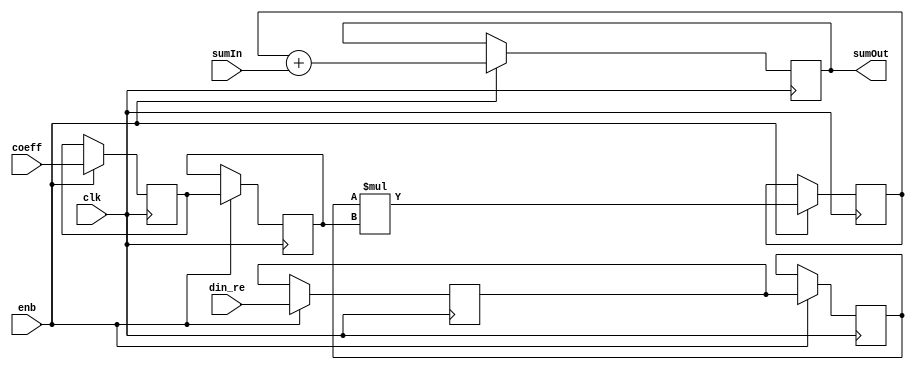
// -------------------------------------------------------------
// 
// 
// Generated by MATLAB 9.13 and HDL Coder 4.0
// 
// -------------------------------------------------------------


// -------------------------------------------------------------
// 
// Module: FilterTapSystolic
// Source Path: DUCforLTEHDL/HDL_DUC/CIC Compensation Interpolator/DUCforLTEHDL/HDL_DUC/CIC Compensation Interpolator/FIRFilter1/FilterTapSystolic
// Hierarchy Level: 3
// 
// -------------------------------------------------------------

`timescale 1 ns / 1 ns

module FilterTapSystolic
          (clk,
           enb,
           din_re,
           coeff,
           sumIn,
           sumOut);


  input   clk;
  input   enb;
  input   signed [17:0] din_re;  // sfix18_En14
  input   signed [17:0] coeff;  // sfix18_En16
  input   signed [35:0] sumIn;  // sfix36_En30
  output  signed [35:0] sumOut;  // sfix36_En30


  reg signed [17:0] fTap_din_reg1;  // sfix18
  reg signed [17:0] fTap_coef_reg1;  // sfix18
  reg signed [17:0] fTap_din_reg2;  // sfix18
  reg signed [17:0] fTap_coef_reg2;  // sfix18
  reg signed [35:0] fTap_mult_reg;  // sfix36
  reg signed [35:0] sumOut_1;  // sfix36_En30

  initial begin
    fTap_din_reg1 = 18'sb000000000000000000;
    fTap_coef_reg1 = 18'sb000000000000000000;
    fTap_din_reg2 = 18'sb000000000000000000;
    fTap_coef_reg2 = 18'sb000000000000000000;
    fTap_mult_reg = 36'sh000000000;
    sumOut_1 = 36'sh000000000;
  end

  // FilterTapSystolicS
  always @(posedge clk)
    begin : fTap_process
      if (enb) begin
        sumOut_1 <= fTap_mult_reg + sumIn;
        fTap_mult_reg <= fTap_din_reg2 * fTap_coef_reg2;
        fTap_din_reg2 <= fTap_din_reg1;
        fTap_coef_reg2 <= fTap_coef_reg1;
        fTap_din_reg1 <= din_re;
        fTap_coef_reg1 <= coeff;
      end
    end



  assign sumOut = sumOut_1;

endmodule  // FilterTapSystolic